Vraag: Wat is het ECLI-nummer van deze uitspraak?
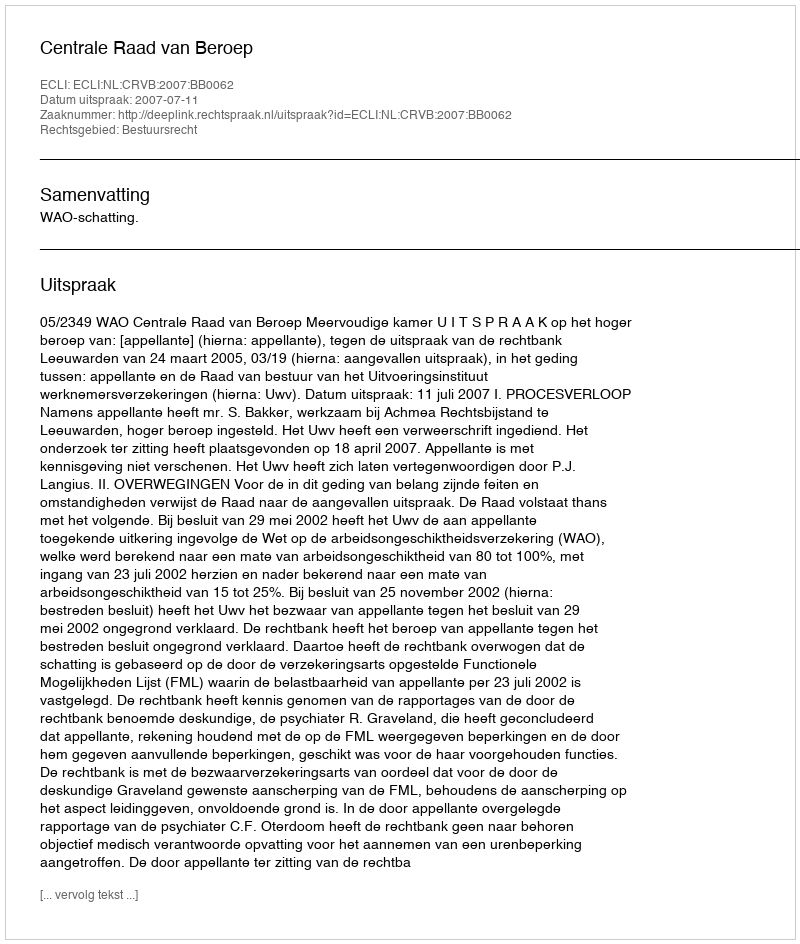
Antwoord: ECLI:NL:CRVB:2007:BB0062